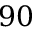
9 0